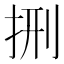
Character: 𭠩